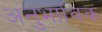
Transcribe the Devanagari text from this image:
अनुभाविक